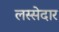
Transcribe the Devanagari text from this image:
लस्सेदार